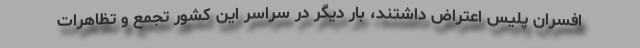
افسران پلیس اعتراض داشتند، بار دیگر در سراسر این کشور تجمع و تظاهرات